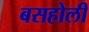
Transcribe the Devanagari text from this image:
बसहोली